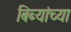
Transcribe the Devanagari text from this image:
बिब्यांच्या